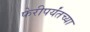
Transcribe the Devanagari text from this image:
फेरीपर्यंतच्या